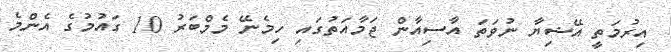
އިރުމަތީ އޭޝިޔާ ނުވަތަ އާސިއާން ޖަމާއަތުގައި ހިމެނޭ މެމްބަރު 10 ގައުމުގެ އެންމެ